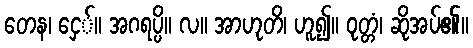
တေန၊ ငှေ်။ အဂရပ္ပိ။ လ။ အာဟုတိ၊ ဟူ၍။ ဝုတ္တံ၊ ဆိုအပ်၏။